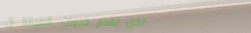
نحن نقدم خدمات الصيانة ال